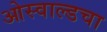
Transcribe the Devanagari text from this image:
ओस्वाल्डचा